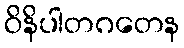
ဝိနိပါတဂတေန